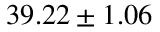
3 9 . 2 2 \pm 1 . 0 6